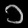
Digit: ၁